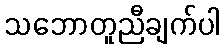
သဘောတူညီချက်ပါ